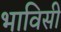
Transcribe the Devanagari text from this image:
भाविसी